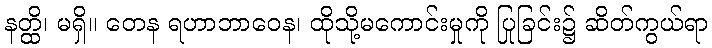
နတ္ထိ၊ မရှိ။ တေန ရဟာဘာဝေန၊ ထိုသို့မကောင်းမှုကို ပြုခြင်း၌ ဆိတ်ကွယ်ရာ